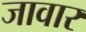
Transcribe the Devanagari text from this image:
जावार